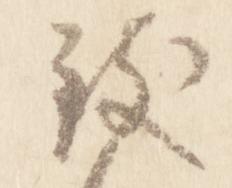
致